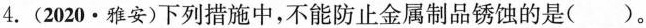
4.(2020.雅安)下列措施中，不能防止金属制品锈蚀的是( )。